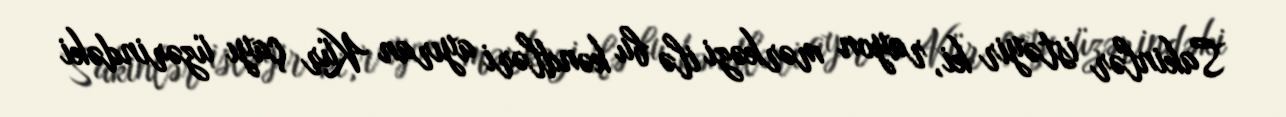
Sakinlər istəyir ki, rayon mərkəzi ilə bu kəndləri ayıran Kür çayı üzərindəki